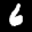
Label: 6